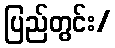
ပြည်တွင်း/